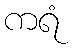
ကရံ